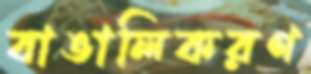
বাঙালিকরণ